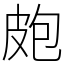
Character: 皰